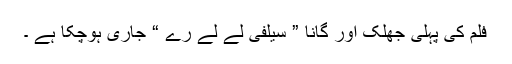
فلم کی پہلی جھلک اور گانا ” سیلفی لے لے رے “ جاری ہوچکا ہے ۔